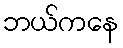
ဘယ်ကနေ